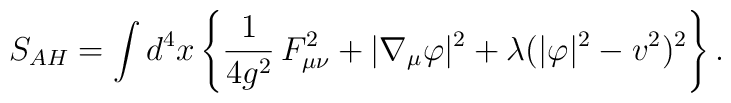
S_{AH}=\int d^4x\left\{\frac1{4g^2}\,F^2_{\mu\nu}+|\nabla_\mu\varphi|^2+\lambda(|\varphi|^2-v^2)^2\right\}.